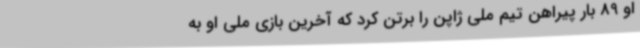
او 89 بار پیراهن تیم ملی ژاپن را برتن کرد که آخرین بازی ملی او به